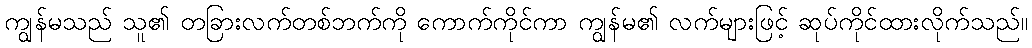
ကျွန်မသည် သူ၏ တခြားလက်တစ်ဘက်ကို ကောက်ကိုင်ကာ ကျွန်မ၏ လက်များဖြင့် ဆုပ်ကိုင်ထားလိုက်သည်။